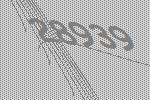
28939